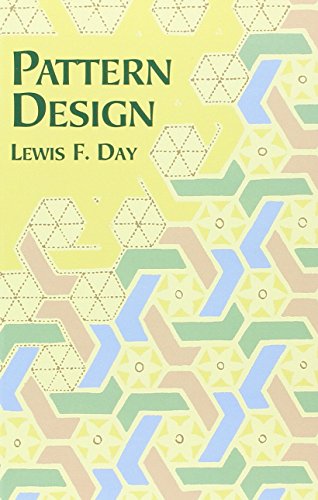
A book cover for Pattern Design (Dover Art Instruction); Lewis F. Day; Arts & Photography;